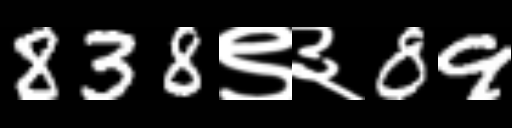
Text: 838९३89